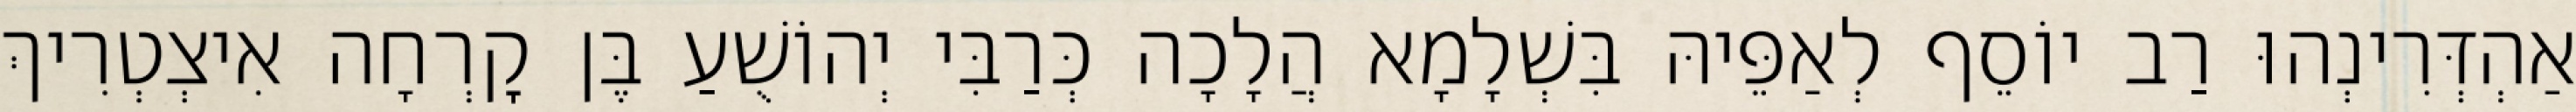
אַהְדְּרִינְהוּ רַב יוֹסֵף לְאַפֵּיהּ בִּשְׁלָמָא הֲלָכָה כְּרַבִּי יְהוֹשֻׁעַ בֶּן קׇרְחָה אִיצְטְרִיךְ